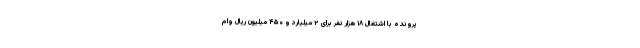
پرونده با اشتغال ۱۸ هزار نفر برای ۲ میلیارد و ۴۵۰ میلیون ریال وام